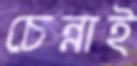
চেন্নাই